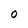
Character: O